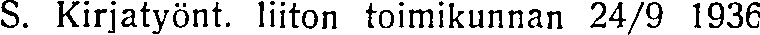
S. Kirjatyönt. liiton toimikunnan 24/9 1936